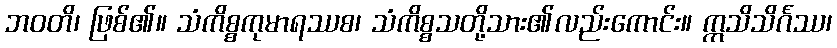
ဘဝတိ၊ ဖြစ်၏။ သံကိစ္စကုမာရဿစ၊ သံကိစ္စသတို့သား၏လည်းကောင်း။ ဣသိသိင်္ဂဿ၊